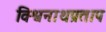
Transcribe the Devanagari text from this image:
विश्वनाथप्रताप